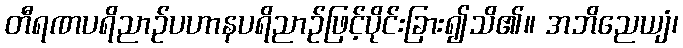
တီရဏပရိညာဉ်ပဟာနပရိညာဉ်ဖြင့်ပိုင်းခြား၍သိ၏။ အဘိညေယျံ၊